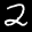
Label: 2